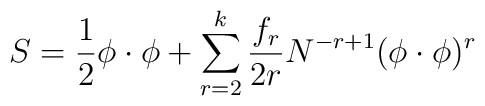
S = \frac12 \phi \cdot \phi + \sum^k_{r=2} \frac{f_r}{2r} N^{-r+1}(\phi \cdot \phi)^r